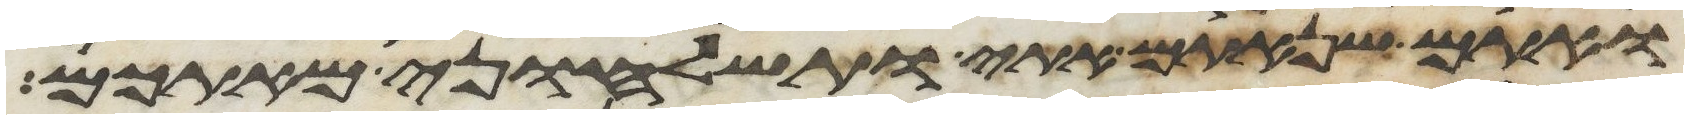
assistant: ואתם שנאתם אתי ותשלחוני מאתכם